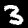
Digit: 3